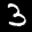
Label: 3